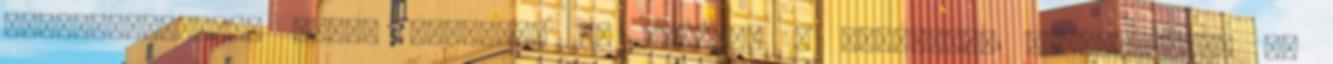
elmulasztottam, akkor legalább az Eduának a valamivel normálisabb, de